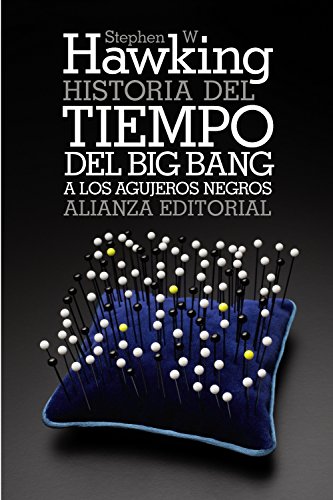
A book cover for Historia del tiempo / A Brief History of Time: Del big bang a los agujeros negros / From the Big Bang to Black Holes (Spanish Edition); Stephen W. Hawking; Science & Math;